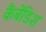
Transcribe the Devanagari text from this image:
कैंबेंडिश